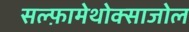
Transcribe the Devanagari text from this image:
सल्‍फ़ामेथोक्‍साजोल